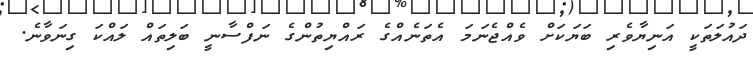
ދައުލަތަކީ އަނިޔާވެރި ބަޔަކަށް ވެއްޖެނަމަ އެތަނެއްގެ ރައްޔިތުންގެ ނަފްސާނީ ބަލިތައް ލައްކަ ގިނަވާނެ.